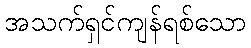
အသက်ရှင်ကျန်ရစ်သော